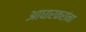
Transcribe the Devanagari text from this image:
आघारकरांना